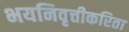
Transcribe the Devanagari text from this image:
भयनिवृत्तीकरिता